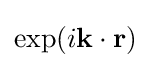
\exp(i\mathbf {k} \cdot \mathbf {r} )